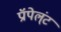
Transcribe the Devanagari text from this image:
प्रॉपेल्ंट